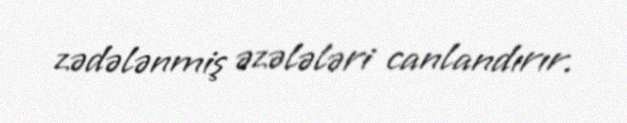
zədələnmiş əzələləri canlandırır.